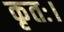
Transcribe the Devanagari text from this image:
कृतः।